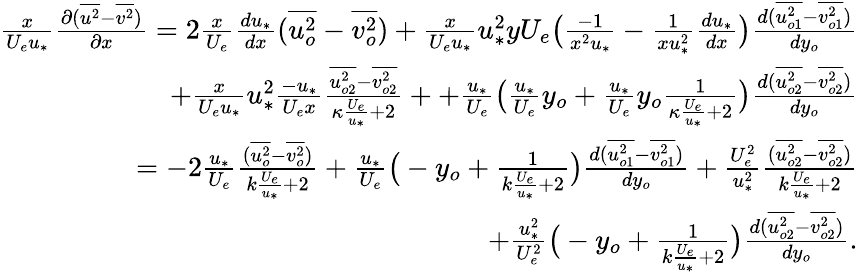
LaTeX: \begin{array}{r}{\frac{x}{U_{e}u_{*}}\frac{\partial(\overline{{u^{2}}}-\overline{{v^{2}}})}{\partial x}=2\frac{x}{U_{e}}\frac{du_{*}}{dx}(\overline{{u_{o}^{2}}}-\overline{{v_{o}^{2}}})+\frac{{x}}{U_{e}{u_{*}}}u_{*}^{2}yU_{e}\big(\frac{-1}{x^{2}u_{*}}-{\frac{1}{xu_{*}^{2}}\frac{du_{*}}{dx}}\big)\frac{d(\overline{{u_{o1}^{2}}}-\overline{{v_{o1}^{2}}})}{dy_{o}}}\\ {+\frac{x}{U_{e}u_{*}}u_{*}^{2}\frac{-u_{*}}{U_{e}x}\frac{\overline{{u_{o2}^{2}}}-\overline{{v_{o2}^{2}}}}{\kappa\frac{U_{e}}{u_{*}}+2}++\frac{u_{*}}{U_{e}}\big(\frac{u_{*}}{U_{e}}y_{o}+\frac{u_{*}}{U_{e}}y_{o}\frac{1}{\kappa\frac{U_{e}}{u_{*}}+2}\big)\frac{d(\overline{{u_{o2}^{2}}}-\overline{{v_{o2}^{2}}})}{dy_{o}}}\\ {=-2\frac{u_{*}}{U_{e}}\frac{(\overline{{u_{o}^{2}}}-\overline{{v_{o}^{2}}})}{k\frac{U_{e}}{u_{*}}+2}+\frac{u_{*}}{U_{e}}\big(-y_{o}+\frac{1}{k\frac{U_{e}}{u_{*}}+2}\big)\frac{d(\overline{{u_{o1}^{2}}}-\overline{{v_{o1}^{2}}})}{dy_{o}}+\frac{U_{e}^{2}}{u_{*}^{2}}\frac{(\overline{{u_{o2}^{2}}}-\overline{{v_{o2}^{2}}})}{k\frac{U_{e}}{u_{*}}+2}}\\ {+\frac{u_{*}^{2}}{U_{e}^{2}}\big(-y_{o}+\frac{1}{k\frac{U_{e}}{u_{*}}+2}\big)\frac{d(\overline{{u_{o2}^{2}}}-\overline{{v_{o2}^{2}}})}{dy_{o}}.}\end{array}